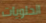
الحلويات